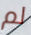
لم